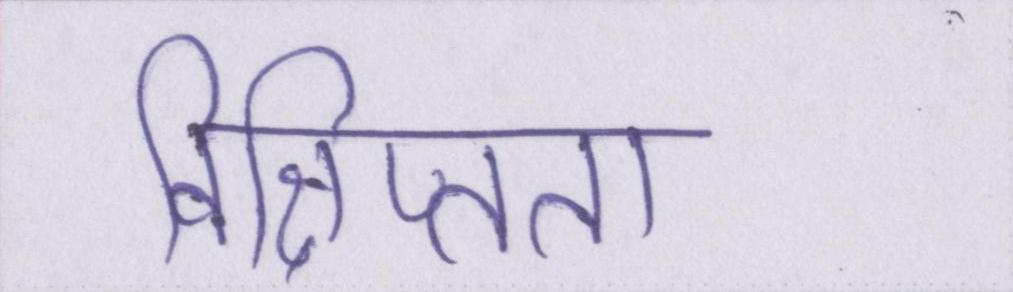
विक्षिप्तता